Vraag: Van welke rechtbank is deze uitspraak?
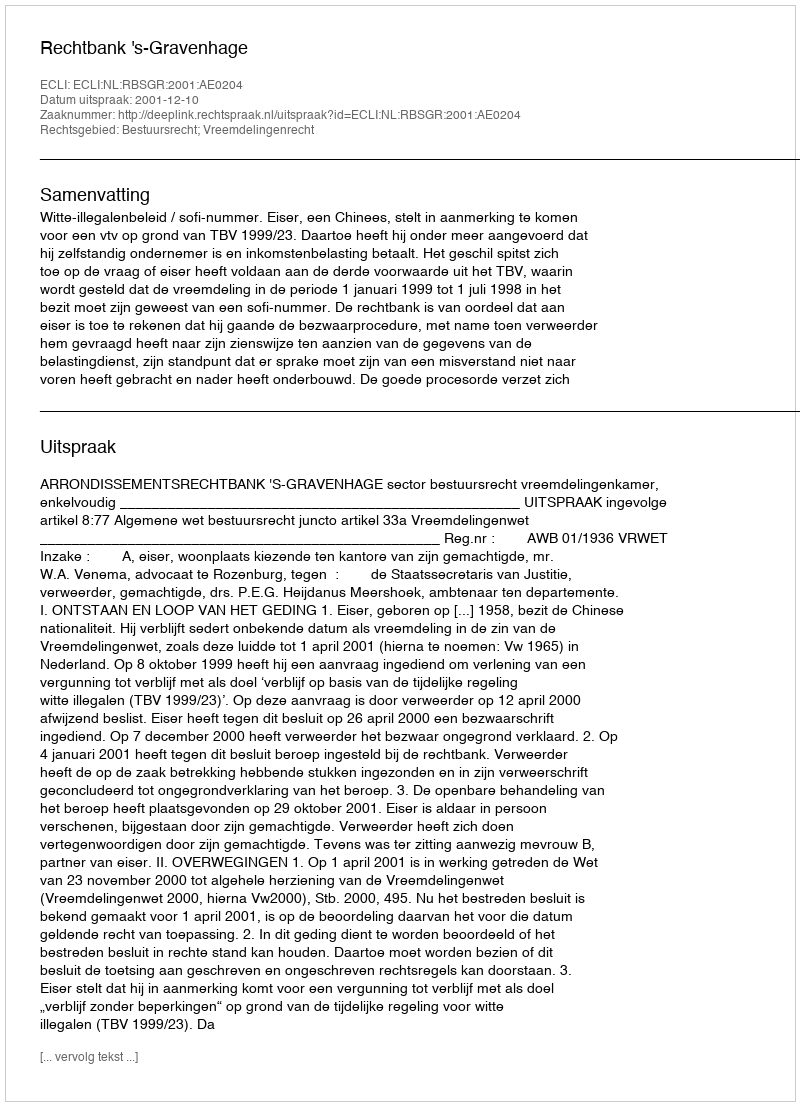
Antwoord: Rechtbank 's-Gravenhage